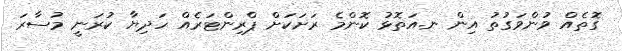
ގޮތެއް ވުންވަގުތު އިން ނ.އަތޮޅު ކޮންމެ ރަށަކަށް ޕްރިންޓަރެއް ހަދިޔާ ކުރަނީ މުސާރަ